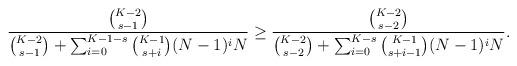
LaTeX: \begin{align*} \frac{\binom{K-2}{s-1}}{\binom{K-2}{s-1}+\sum_{i=0}^{K-1-s} \binom{K-1}{s+i}(N-1)^iN} &\geq \frac{\binom{K-2}{s-2}}{\binom{K-2}{s-2}+\sum_{i=0}^{K-s}\binom{K-1}{s+i-1}(N-1)^iN}. \end{align*}